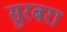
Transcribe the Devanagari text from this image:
सुरबरा